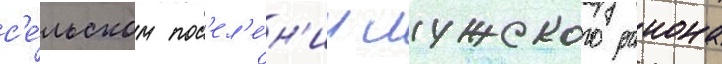
с'е́льском пос'ел'е́н'ии лужского раиона